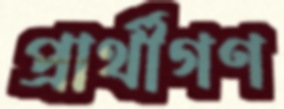
প্রার্থীগণ